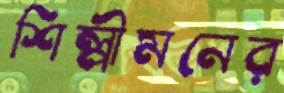
শিল্পীমনের